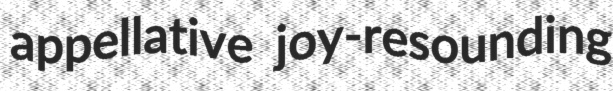
appellative joy-resounding